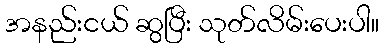
အနည်းငယ် ဆွပြီး သုတ်လိမ်းပေးပါ။